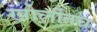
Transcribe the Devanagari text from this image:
खोलीतच